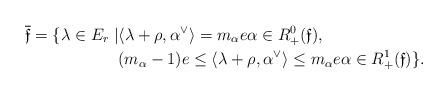
LaTeX: \begin{align*}\overline{\mathfrak{f}} = \{\lambda \in E_r \mid & \langle \lambda + \rho, \alpha^\vee\rangle = m_\alpha e \alpha \in R^0_+(\mathfrak{f}), \\& (m_\alpha-1)e \leq \langle \lambda + \rho, \alpha^\vee\rangle \leq m_\alpha e \alpha \in R^1_+(\mathfrak{f}) \} .\end{align*}